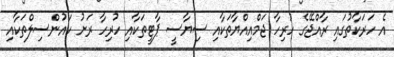
އެ ހަރަކާތުގައި ރާއްޖޭގެ ހުރިހާ ޖަމްއިއްޔާތަކާއި ސިޔާސީ ޕާޓީތަކާއި ހުރިހާ ރަށު ކައުންސިލްތަކާއި